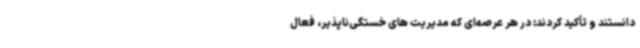
دانستند و تأکید کردند: در هر عرصه‌ای که مدیریت های خستگی‌ناپذیر، فعال